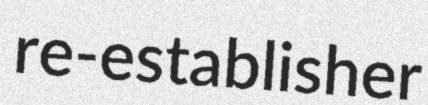
re-establisher